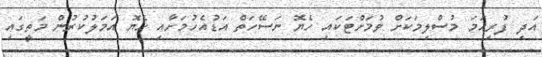
އަދި ފުރިހަމަ މުސްލިމަކަށް ވުމަށްޓަކައި ހެޔޮ ނަސޭހަތް އަޑުއެހުމަށާއި ހެޔޮ އަމަލުކުރުން މަތީގައި